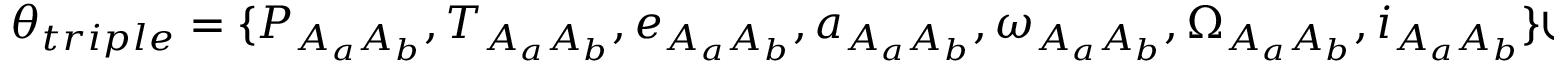
\theta _ { t r i p l e } = \{ P _ { A _ { a } A _ { b } } , T _ { A _ { a } A _ { b } } , e _ { A _ { a } A _ { b } } , a _ { A _ { a } A _ { b } } , \omega _ { A _ { a } A _ { b } } , \Omega _ { A _ { a } A _ { b } } , i _ { A _ { a } A _ { b } } \} \cup \{ q _ { A _ { a } A _ { b } } \} \cup \{ P _ { A B } , T _ { A B } , e _ { A B } , a _ { A B } , \omega _ { A B } , \Omega _ { A B } , i _ { A B } \}